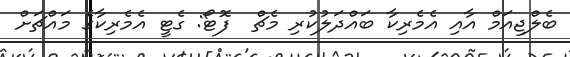
ބެލްޖިއަމް އާއި އެމެރިކާ ބައްދަލުކުރި މެޗް  ފޮޓޯ: ގެޓީ އެމެރިކާގެ މައްޗަށް